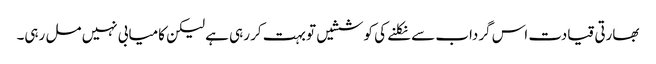
بھارتی قیادت اس گرداب سے نکلنے کی کوششیں تو بہت کر رہی ہے لیکن کامیابی نہیں مل رہی۔